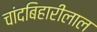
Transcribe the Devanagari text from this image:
चांदबिहारीलाल